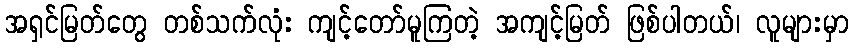
အရှင်မြတ်တွေ တစ်သက်လုံး ကျင့်တော်မူကြတဲ့ အကျင့်မြတ် ဖြစ်ပါတယ်၊ လူများမှာ